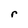
Character: r